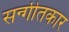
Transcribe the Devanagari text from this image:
सन्गीतकार